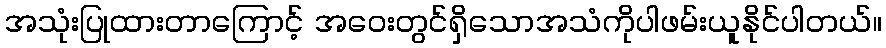
အသုံးပြုထားတာကြောင့် အဝေးတွင်ရှိသောအသံကိုပါဖမ်းယူနိုင်ပါတယ်။